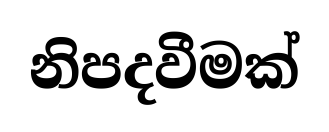
නිපදවීමක්